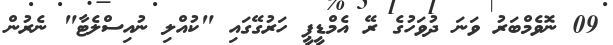
09 ނޮވެމްބަރު ވަނަ ދުވަހުގެ ރޭ އެމްޑީޕީ ހަރުގޭގައި "ކުއްލި ނުއިސްލެޓާ" ނެރުން